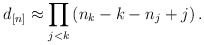
\begin{align*}d_{[n]} \approx \prod_{j<k} \left( n_k-k -n_j+j \right).\end{align*}